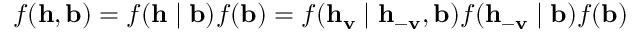
f ( \mathbf { h } , \mathbf { b } ) = f ( \mathbf { h } \mid \mathbf { b } ) f ( \mathbf { b } ) = f ( \mathbf { h } _ { \mathbf { v } } \mid \mathbf { h } _ { - \mathbf { v } } , \mathbf { b } ) f ( \mathbf { h } _ { - \mathbf { v } } \mid \mathbf { b } ) f ( \mathbf { b } )